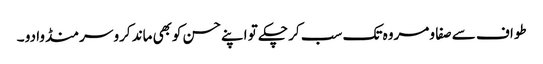
طواف سے صفا و مروہ تک سب کر چکے تو اپنے حسن کوبھی ماند کرو سر منڈوا دو ۔